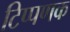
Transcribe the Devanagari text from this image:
टिप्पणक